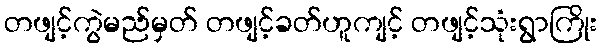
တဖျင့်ကွဲမည်မှတ် တဖျင့်ခတ်ဟူကျင့် တဖျင့်သုံးရွာကြိုး